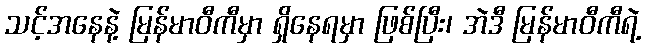
သင့်အနေနဲ့ မြန်မာဝီကီမှာ ရှိနေရမှာ ဖြစ်ပြီး၊ အဲဒီ မြန်မာဝီကီရဲ့